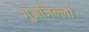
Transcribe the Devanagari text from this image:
गुअजिल्लो